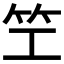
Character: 笁